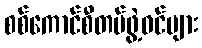
စစ်ကောင်စီတပ်ဖွဲ့ဝင်များ